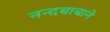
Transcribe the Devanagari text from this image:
नन्दबाबाने